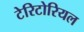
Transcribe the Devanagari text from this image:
टेरिटोरियल